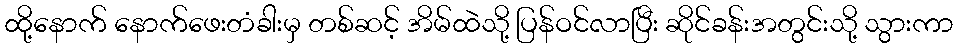
ထို့နောက် နောက်ဖေးတံခါးမှ တစ်ဆင့် အိမ်ထဲသို့ ပြန်ဝင်လာပြီး ဆိုင်ခန်းအတွင်းသို့ သွားကာ